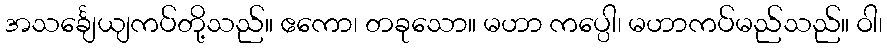
အသင်္ချေယျကပ်တို့သည်။ ဧကော၊ တခုသော။ မဟာ ကပ္ပေါ၊ မဟာကပ်မည်သည်။ ဝါ၊